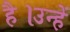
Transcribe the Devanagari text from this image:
है।उन्हें